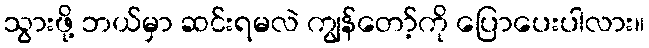
သွားဖို့ ဘယ်မှာ ဆင်းရမလဲ ကျွန်တော့်ကို ပြောပေးပါလား။